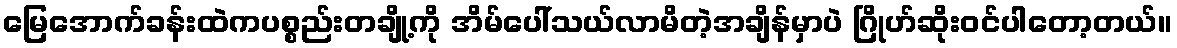
မြေအောက်ခန်းထဲကပစ္စည်းတချို့ကို အိမ်ပေါ်သယ်လာမိတဲ့အချိန်မှာပဲ ဂြိုဟ်ဆိုးဝင်ပါတော့တယ်။